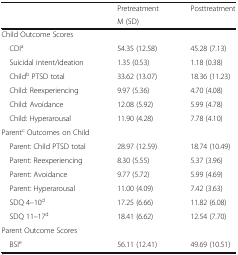
| <ROWSPAN=2>  | Pretreatment | Posttreatment |
 | M (SD) |  |
 | --- | --- | --- |
 | <COLSPAN=3> Child Outcome Scores |
 | CDIa | 54.35 (12.58) | 45.28 (7.13) |
 | Suicidal intent/ideation | 1.35 (0.53) | 1.18 (0.38) |
 | Childb PTSD total | 33.62 (13.07) | 18.36 (11.23) |
 | Child: Reexperiencing | 9.97 (5.36) | 4.70 (4.08) |
 | Child: Avoidance | 12.08 (5.92) | 5.99 (4.78) |
 | Child: Hyperarousal | 11.90 (4.28) | 7.78 (4.10) |
 | <COLSPAN=3> Parentc Outcomes on Child |
 | Parent: Child PTSD total | 28.97 (12.59) | 18.74 (10.49) |
 | Parent: Reexperiencing | 8.30 (5.55) | 5.37 (3.96) |
 | Parent: Avoidance | 9.77 (5.72) | 5.99 (4.69) |
 | Parent: Hyperarousal | 11.00 (4.09) | 7.42 (3.63) |
 | SDQ 4–10d | 17.25 (6.66) | 11.82 (6.08) |
 | SDQ 11–17d | 18.41 (6.62) | 12.54 (7.70) |
 | <COLSPAN=3> Parent Outcome Scores |
 | BSIe | 56.11 (12.41) | 49.69 (10.51) |